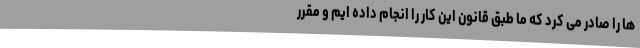
ها را صادر می کرد که ما طبق قانون این کار را انجام داده ایم و مقرر